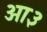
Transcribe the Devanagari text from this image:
ओ३